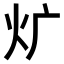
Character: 𤆓